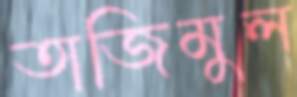
তাজিমুল